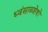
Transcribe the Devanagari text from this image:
ध्‍वंसावशेषों